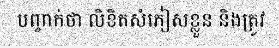
បញ្ចាក់ថា លិខិតសំភៀសខ្លួន និងត្រូវ